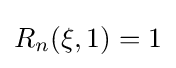
R_{n}(\xi ,1)=1